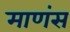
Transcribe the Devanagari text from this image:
माणंस